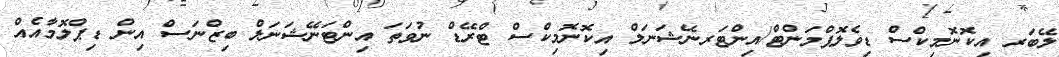
ލޭބަރ އިކޮނޮމިކްސް ޑިވެލޮޕްމަންޓް/އިންޓަރނޭޝަނަލް އިކޮނޮމިކްސް ޓްރޭޑް ނުވަތަ އިންޓަނޭޝަނަލް ބިޒްނަސް އިން ޑިޕްލޮމާއެއް